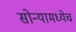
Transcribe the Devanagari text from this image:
सोन्यामध्येच